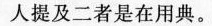
人提及二者是在用典。